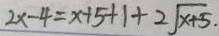
2 x - 4 = x + 5 + 1 + 2 \sqrt { x + 5 }